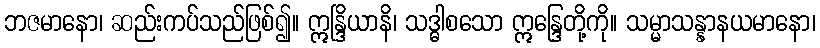
ဘဇမာနော၊ ဆည်းကပ်သည်ဖြစ်၍။ ဣန္ဒြိယာနိ၊ သဒ္ဓါစသော ဣန္ဒြေတို့ကို။ သမ္မာသန္နာနယမာနော၊